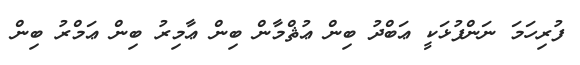
ފުރިހަމަ ނަންފުޅަކީ ޢަބްދު ބިން ޢުޘްމާން ބިން ޢާމިރު ބިން ޢަމްރު ބިން